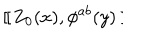
LaTeX: ~ [ \kern - 0 . 4 5 e m \llap ~ [ ~ Z _ { 0 } ( x ) , \phi ^ { a b } ( y ) ~ ] \kern - 0 . 4 5 e m